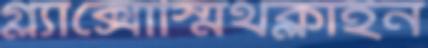
গ্ল্যাক্সোস্মিথক্লাইন